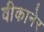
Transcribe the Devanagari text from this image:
वीकानेर